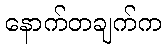
နောက်တချက်က